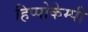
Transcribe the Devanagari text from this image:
हिप्पोकेम्पी